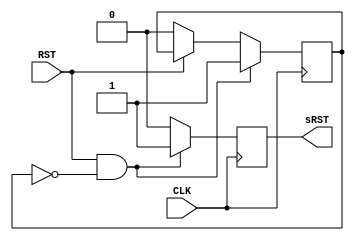
module singleRST(input CLK,input RST,output reg sRST);
	reg flag;
	always@(posedge CLK)
	begin
		if(RST && flag==0)
		begin
			flag<=1;
			sRST<=1'b1;
		end
		else
		begin
			sRST<=1'b0;
			if(!RST)
				flag<=0;
		end
	end

endmodule